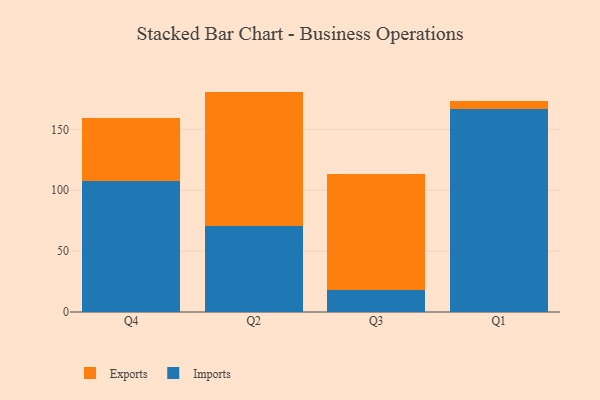
{"axis": {"x": "Quarter", "y": "Production Output"}, "legend": ["Exports", "Imports"], "data": [{"x": "Q4", "y": 107.8, "type": "Imports"}, {"x": "Q4", "y": 51.3, "type": "Exports"}, {"x": "Q2", "y": 71.0, "type": "Imports"}, {"x": "Q2", "y": 110.0, "type": "Exports"}, {"x": "Q3", "y": 17.7, "type": "Imports"}, {"x": "Q3", "y": 96.0, "type": "Exports"}, {"x": "Q1", "y": 167.0, "type": "Imports"}, {"x": "Q1", "y": 5.9, "type": "Exports"}]}